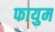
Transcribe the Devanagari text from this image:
फायुम